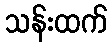
သန်းထက်